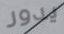
يدور